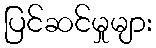
ပြင်ဆင်မှုများ